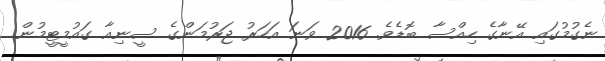
ނެގުމުގައި އޭނާގެ ހިއްސާ ބޮޑެވެ. 2016 ވަނަ އަހަރު ޖަރުމަންގެ ސީނިއާ ގައުމީޓީމުން